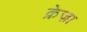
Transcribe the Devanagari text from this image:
क्रेज़ा